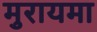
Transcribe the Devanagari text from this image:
मुरायमा